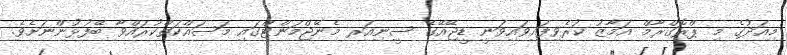
މިއަދުގެ މި ޕްރޮގްރާމް އަމާޒު ކުރެވިފައިވައިވަނީ ޑީޖޭއޭގެ ސީނިއަރ މެނޭޖްމަންޓްގައި މަސައްކަތްކުރައްވާ ބޭފުޅުންނަށެވެ.